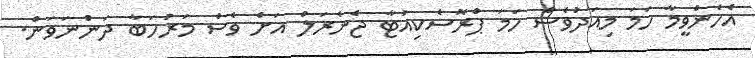
އެހެންވީމާ ހަމަ މިއަދުވެސް ހަމަ ޕްރޮސެކިއުޓާ ޖެނެރަލް އަށް ވެސް މަރުހަބާ ދަންނަވަން.